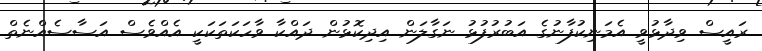
ރައީސް ވިދާޅުވީ އެމަނިކުފާނުގެ އަބުރުފުޅު ނަގާލަން އިދިކޮޅުން ދައްކާ ވާހަކަތަކަކީ އެއްވެސް އަސާސެއްނެތް